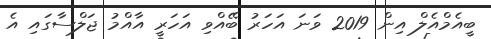
ބީއެމްއެލް އިން 2019 ވަނަ އަހަރު ބޭއްވި އަހަރީ އާއްމު ޖަލްސާގައި އެ